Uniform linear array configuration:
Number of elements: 8
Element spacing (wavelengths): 0.5
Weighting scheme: binomial
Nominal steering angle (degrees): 60
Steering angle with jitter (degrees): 60.209
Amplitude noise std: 0.05
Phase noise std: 0.05

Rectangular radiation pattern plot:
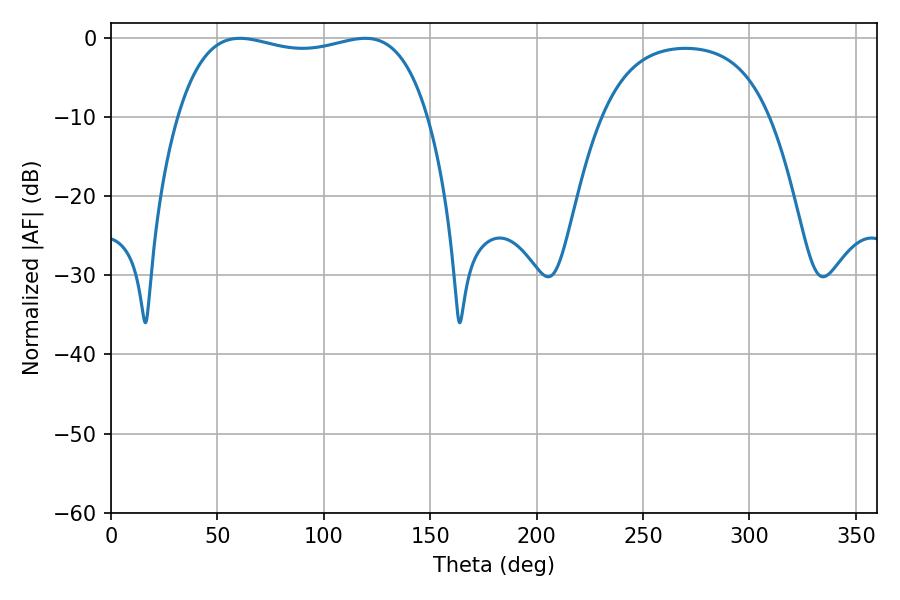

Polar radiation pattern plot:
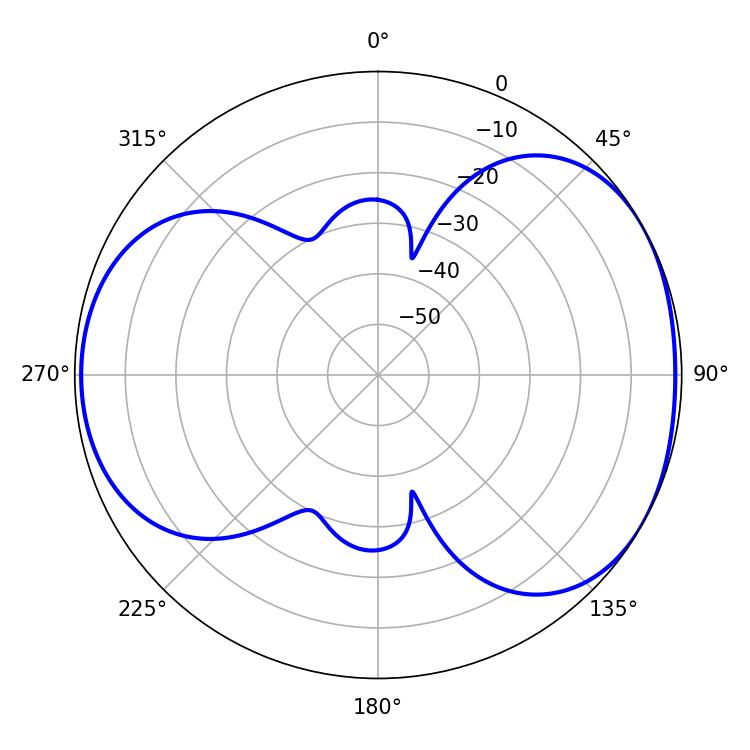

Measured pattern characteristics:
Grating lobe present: FALSE
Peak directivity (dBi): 4.741
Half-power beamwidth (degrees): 95.04
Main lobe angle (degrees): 60.48